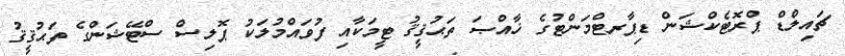
ޗައިލްޑް ޕްރޮޓެކްޝަން ޑިޕާރޓްމަންޓުގެ ޚާއްޞަ ތަޙުޤީޤު ޓީމަކާއި ފުވައްމުލަކު ޕޮލިސް ސްޓޭޝަންގެ ތަޙުޤީޤު